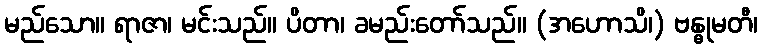
မည်သော။ ရာဇာ၊ မင်းသည်။ ပိတာ၊ ခမည်းတော်သည်။ (အဟောသိ၊) ဗန္ဓုမတီ၊